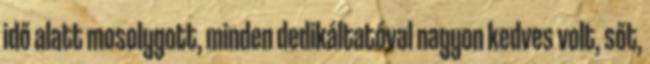
idő alatt mosolygott, minden dedikáltatóval nagyon kedves volt, sőt,